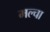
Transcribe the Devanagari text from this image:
मल्‍चा